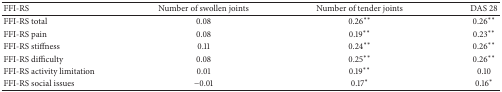
<table><thead><tr><td><b>FFI-RS</b></td><td><b>Number of swollen joints</b></td><td><b>Number of tender joints</b></td><td><b>DAS 28</b></td></tr></thead><tbody><tr><td>FFI-RS total</td><td>0.08</td><td>0.26<sup><i>∗∗</i></sup></td><td>0.26<sup><i>∗∗</i></sup></td></tr><tr><td>FFI-RS pain</td><td>0.08</td><td>0.19<sup><i>∗∗</i></sup></td><td>0.23<sup><i>∗∗</i></sup></td></tr><tr><td>FFI-RS stiffness</td><td>0.11</td><td>0.24<sup><i>∗∗</i></sup></td><td>0.26<sup><i>∗∗</i></sup></td></tr><tr><td>FFI-RS difficulty</td><td>0.08</td><td>0.25<sup><i>∗∗</i></sup></td><td>0.26<sup><i>∗∗</i></sup></td></tr><tr><td>FFI-RS activity limitation</td><td>0.01</td><td>0.19<sup><i>∗∗</i></sup></td><td>0.10</td></tr><tr><td>FFI-RS social issues</td><td>−0.01</td><td>0.17<sup><i>∗</i></sup></td><td>0.16<sup><i>∗</i></sup></td></tr></tbody></table>